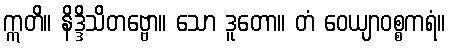
ဣတိ။ နိဒ္ဒိသိတဗ္ဗော။ သော ဒူတော။ တံ ဝေယျာဝစ္စကရံ။